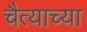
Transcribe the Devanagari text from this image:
चैत्याच्या